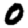
Digit: 0